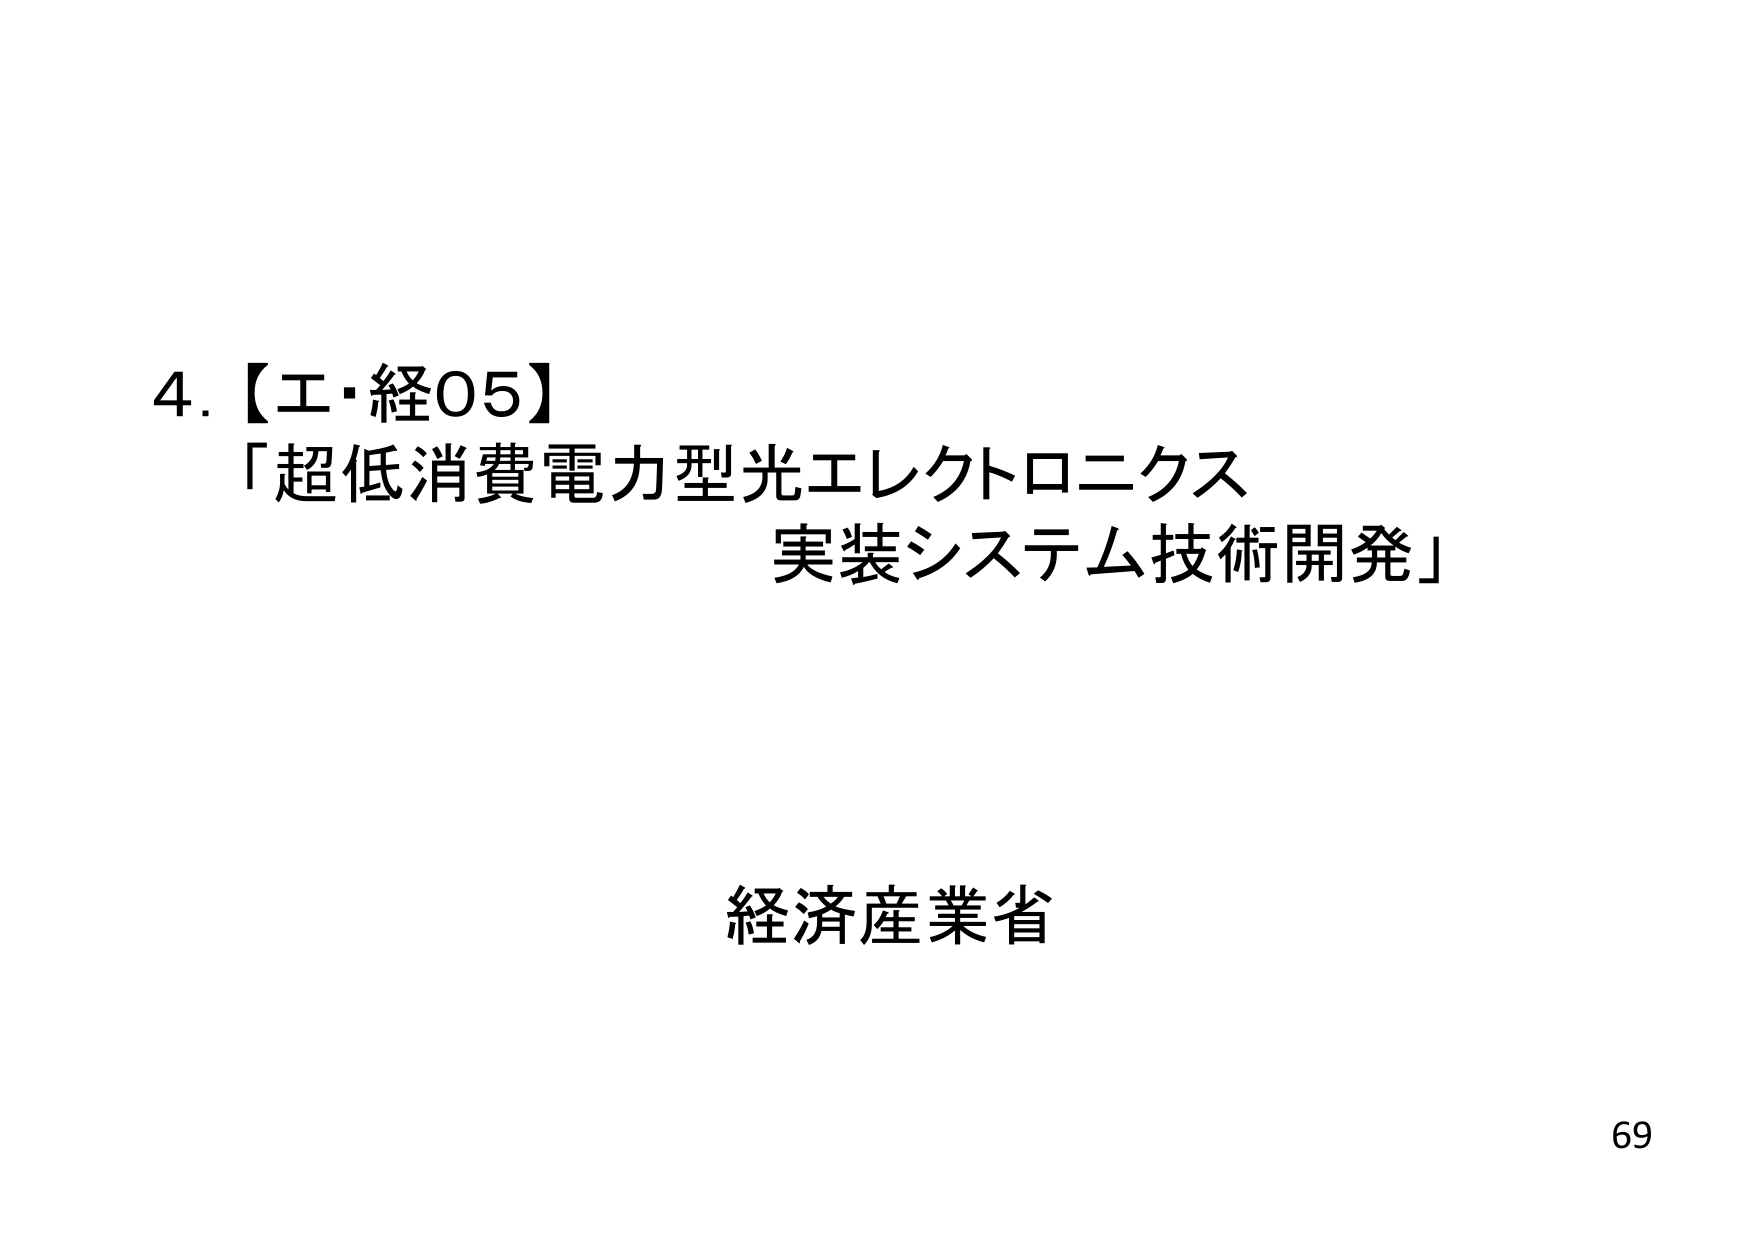
4.【工・経05】
「超低消費電力型光エレクトロニクス
実装システム技術開発」

経済産業省

69